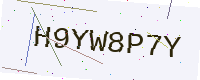
Text: H9YW8P7Y